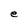
Character: e